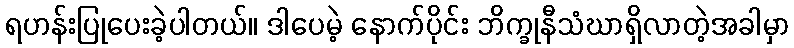
ရဟန်းပြုပေးခဲ့ပါတယ်။ ဒါပေမဲ့ နောက်ပိုင်း ဘိက္ခုနီသံဃာရှိလာတဲ့အခါမှာ